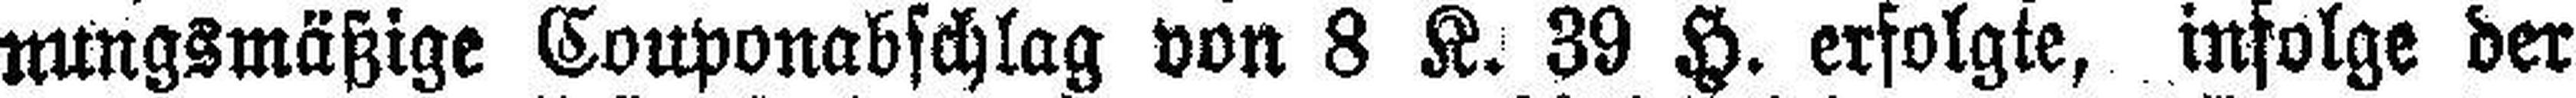
nungsmäßige Couponabschlag von 8 K. 39 H. erfolgte, infolge der